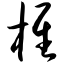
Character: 椎